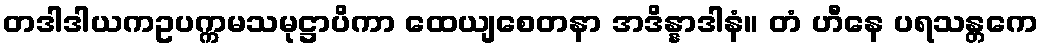
တဒါဒါယကဥပက္ကမသမုဋ္ဌာပိကာ ထေယျစေတနာ အဒိန္နာဒါနံ။ တံ ဟီနေ ပရသန္တကေ